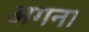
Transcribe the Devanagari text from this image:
अगना